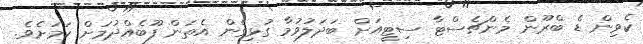
ކެވިން ޑެ ބްރޫން މެންޗެސްޓާ ސިޓީއަށް ބަދަލުވުމާ ގުޅިގެން އެތަން ފޫބެއްދުމަށް ކަމަށެވެ.